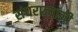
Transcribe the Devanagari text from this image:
संघराज्यांनी